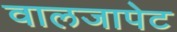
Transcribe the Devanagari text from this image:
वालजापेट